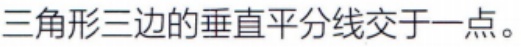
三角形三边的垂直平分线交于一点。